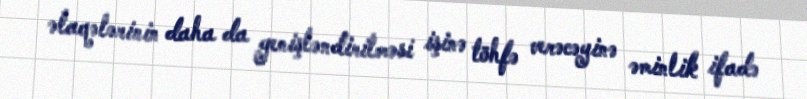
əlaqələrinin daha da genişləndirilməsi işinə töhfə verəcəyinə əminlik ifadə